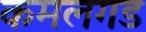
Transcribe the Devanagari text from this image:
कमलगड